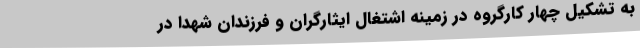
به تشکیل چهار کارگروه در زمینه اشتغال ایثارگران و فرزندان شهدا در